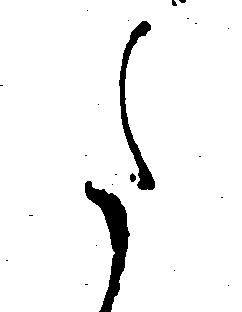
た